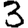
Digit: 3